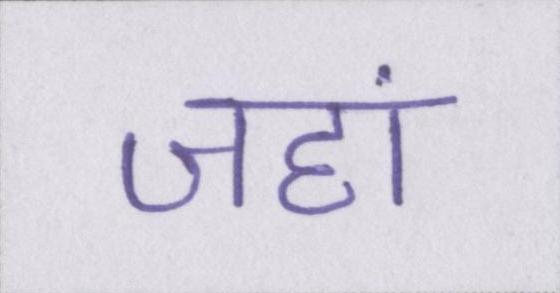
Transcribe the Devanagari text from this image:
जहां